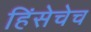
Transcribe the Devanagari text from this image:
हिंसेचेच